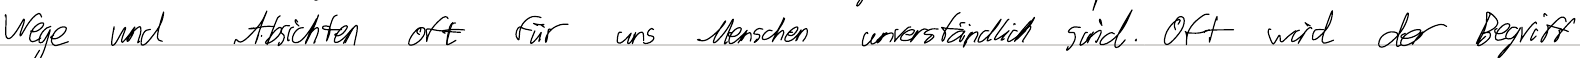
Wege und Absichten oft für uns Menschen unverständlich sind. Oft wird der Begriff